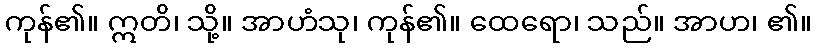
ကုန်၏။ ဣတိ၊ သို့။ အာဟံသု၊ ကုန်၏။ ထေရော၊ သည်။ အာဟ၊ ၏။